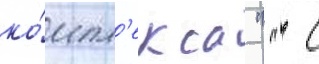
ко́мпл'екса " " с